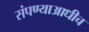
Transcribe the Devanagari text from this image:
संपण्याआधीच